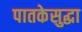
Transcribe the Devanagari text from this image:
पातकेसुद्धा